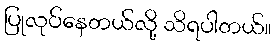
ပြုလုပ်နေတယ်လို့ သိရပါတယ်။